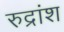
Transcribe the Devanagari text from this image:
रुद्रांश